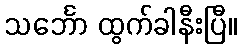
သင်္ဘော ထွက်ခါနီးပြီ။